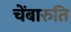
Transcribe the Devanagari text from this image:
चेंबारुति